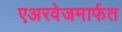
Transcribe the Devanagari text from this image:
एअरवेजमार्फत